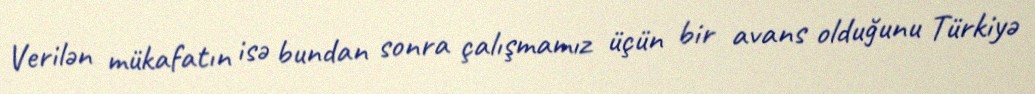
Verilən mükafatın isə bundan sonra çalışmamız üçün bir avans olduğunu Türkiyə